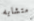
متشابه